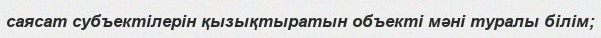
саясат субъектілерін қызықтыратын объекті мәні туралы білім;